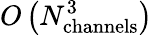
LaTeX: O\left(N_{\mathrm{channels}}^{3}\right)